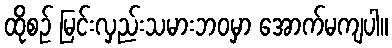
ထိုစဉ် မြင်းလှည်းသမားဘဝမှာ အောက်မကျပါ။